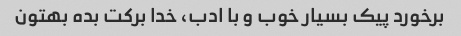
برخورد پیک بسیار خوب و با ادب، خدا برکت بده بهتون